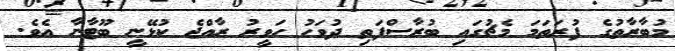
މުބާރާތުގެ ފުރަތަމަ މެޗުގައި ބުރާސްފަތި ދުވަހު ހަވީރު ރާއްޖެ ކުޅޭނީ ބޫޓާނާ އެވެ.